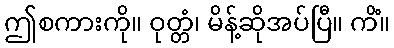
ဤစကားကို။ ဝုတ္တံ၊ မိန့်ဆိုအပ်ပြီ။ ကိံ။